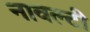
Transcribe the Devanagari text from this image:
नावल्‍टी